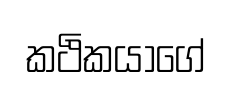
කථිකයාගේ